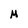
Character: M